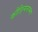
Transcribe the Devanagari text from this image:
कौडिन्यनाम्ना